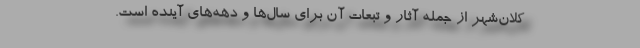
کلان‌شهر از جمله آثار و تبعات آن برای سال‌ها و دهه‌های آینده است.